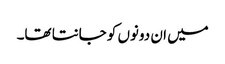
میں ان دونوں کو جانتا تھا۔